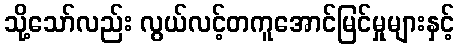
သို့သော်လည်း လွယ်လင့်တကူအောင်မြင်မှုများနှင့်